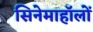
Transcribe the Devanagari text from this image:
सिनेमाहॉलों